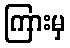
ကြားမှ